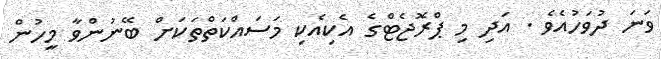
ވަނަ ދުވަހުއެވެ . އަދި މި ޕްރޮޖެޓްގެ އެކިއެކި މަސައްކަތްތަކަށް ބޭނުންވާ މީހުން